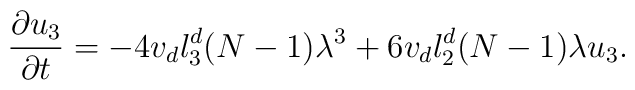
\frac{\partial u_3}{\partial t}= -4v_dl_3^d(N-1)\lambda^3 +6v_dl_2^d(N-1)\lambda{u}_3.